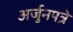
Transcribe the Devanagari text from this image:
अर्जुनपत्रे